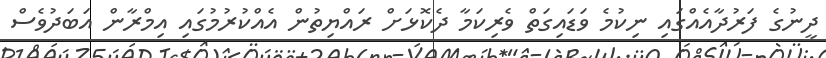
ދީނުގެ ފަރުދާއެއްގައި ނިކުމެ ވަޑައިގަތް ވެރިކަމާ ދެކޮޅަށް ރައްޔިތުން އެއްކުރުމުގައި އިމްރާން އަބަދުވެސް